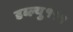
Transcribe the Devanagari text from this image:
डब्ल्यु१११